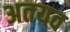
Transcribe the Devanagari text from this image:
अतयव